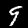
Digit: 9